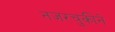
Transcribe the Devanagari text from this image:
नजरचुकीने